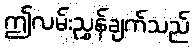
ဤလမ်းညွှန်ချက်သည်